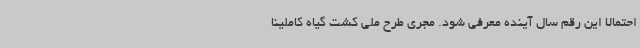
احتمالا این رقم سال آینده معرفی شود. مجری طرح ملی کشت گیاه کاملینا